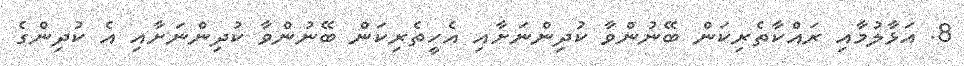
8. އަޅާލުމާއި ރައްކާތެރިކަން ބޭނުންވާ ކުދިންނަށާއި އެހީތެރިކަން ބޭނުންވާ ކުދިންނަށާއި އެ ކުދިންގެ